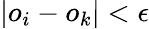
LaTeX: |o_{i}-o_{k}|<\epsilon